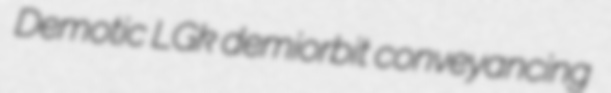
Demotic LGk demiorbit conveyancing